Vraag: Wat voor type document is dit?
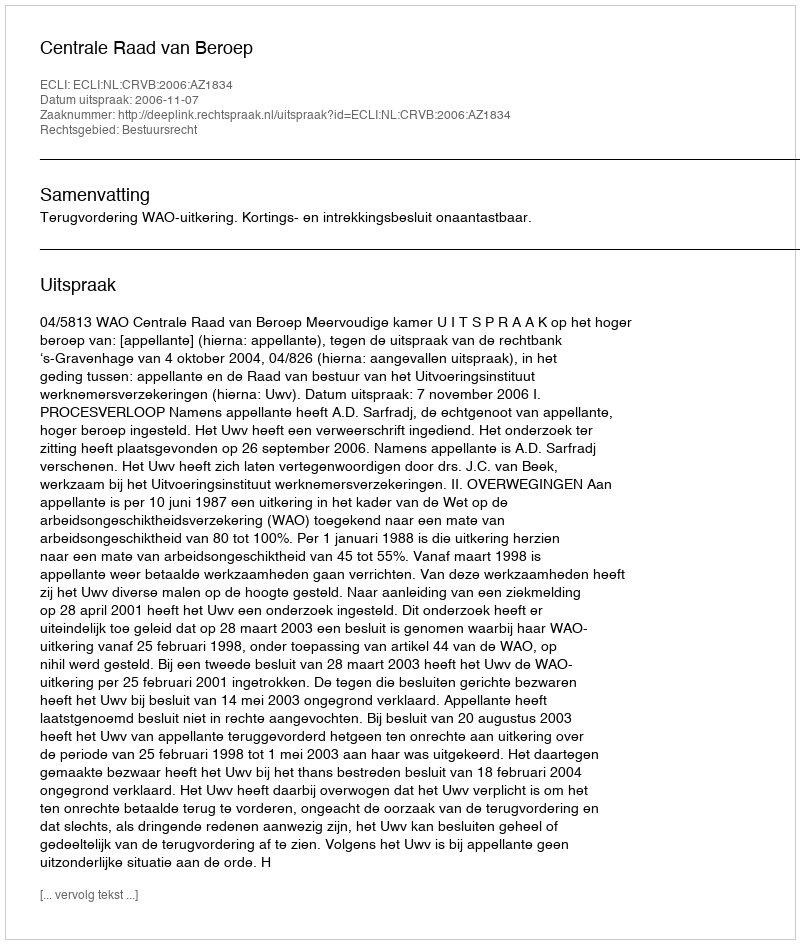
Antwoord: Uitspraak